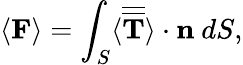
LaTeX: \langle\mathbf{F}\rangle=\int_{S}\langle\overline{{\overline{{\mathbf{T}}}}}\rangle\cdot\mathbf{n}~dS,